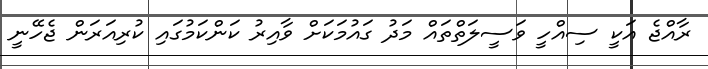
ރާއްޖެ އަކީ ސިއްހީ ވަސީލަތްތައް މަދު ގައުމަކަށް ވާއިރު ކަންކަމުގައި ކުރިއަރަން ޖެހޭނީ